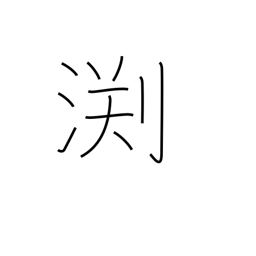
Meaning: edge